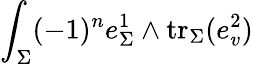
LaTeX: \int_{\Sigma}(-1)^{n}e_{\Sigma}^{1}\wedge\mathrm{tr}_{\Sigma}(e_{v}^{2})